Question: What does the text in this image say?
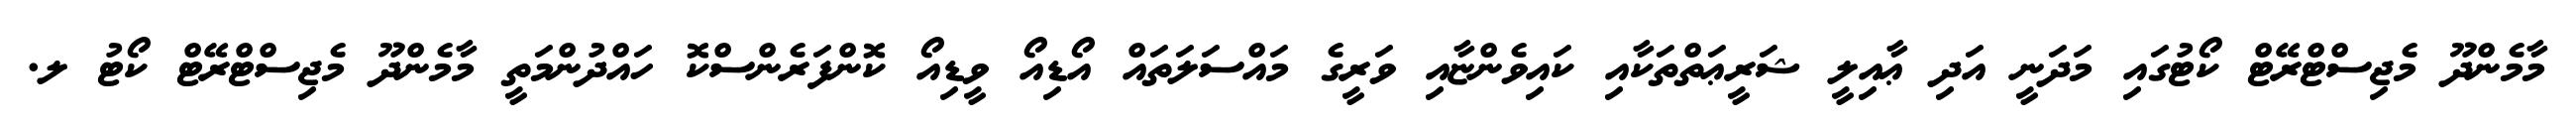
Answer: މާމެންދޫ މެޖިސްޓްރޭޓް ކޯޓުގައި މަދަނީ އަދި ޢާއިލީ ޝަރީޢަތްތަކާއި ކައިވެންޏާއި ވަރީގެ މައްސަލަތައް އޯޑިއޯ ވީޑިއޯ ކޮންފަރެންސްކޮ ހައްދުންމަތީ މާމެންދޫ މެޖިސްޓްރޭޓް ކޯޓު ލ.